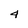
Character: 4